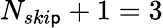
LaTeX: {N_{ski\mathsf{p}}+1}=3